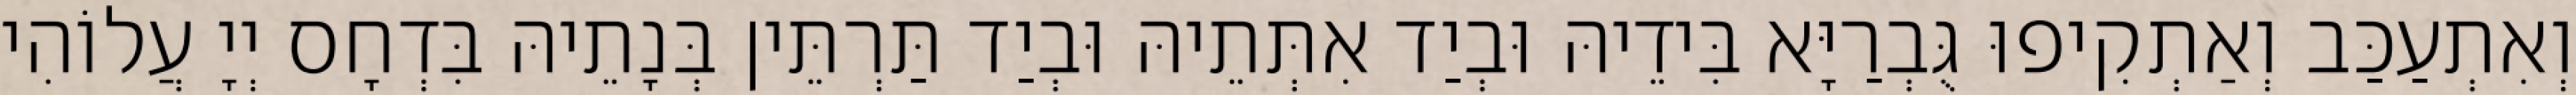
וְאִתְעַכַּב וְאַתְקִיפוּ גֻּבְרַיָּא בִּידֵיהּ וּבְיַד אִתְּתֵיהּ וּבְיַד תַּרְתֵּין בְּנָתֵיהּ בִּדְחָס יְיָ עֲלוֹהִי